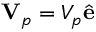
\mathbf { V } _ { p } = V _ { p } \hat { \mathbf { e } }